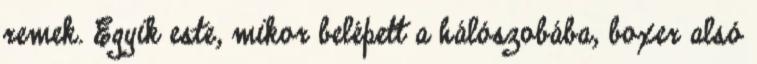
remek. Egyik este, mikor belépett a hálószobába, boxer alsó